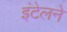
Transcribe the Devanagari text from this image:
इंटेलने